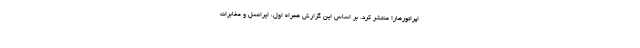
اپراتورهارا منتشر کرد. بر اساس این گزارش همراه اول، ایرانسل و مخابرات